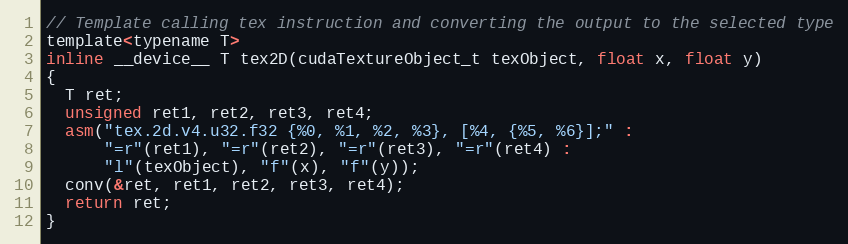
Language: C
// Template calling tex instruction and converting the output to the selected type
template<typename T>
inline __device__ T tex2D(cudaTextureObject_t texObject, float x, float y)
{
  T ret;
  unsigned ret1, ret2, ret3, ret4;
  asm("tex.2d.v4.u32.f32 {%0, %1, %2, %3}, [%4, {%5, %6}];" :
      "=r"(ret1), "=r"(ret2), "=r"(ret3), "=r"(ret4) :
      "l"(texObject), "f"(x), "f"(y));
  conv(&ret, ret1, ret2, ret3, ret4);
  return ret;
}